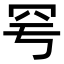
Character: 𦉿